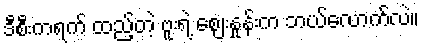
ဒီစီးကရက် ထည့်တဲ့ ဗူးရဲ့ ဈေးနှုန်းက ဘယ်လောက်လဲ။